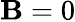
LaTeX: \mathbf{B}=0